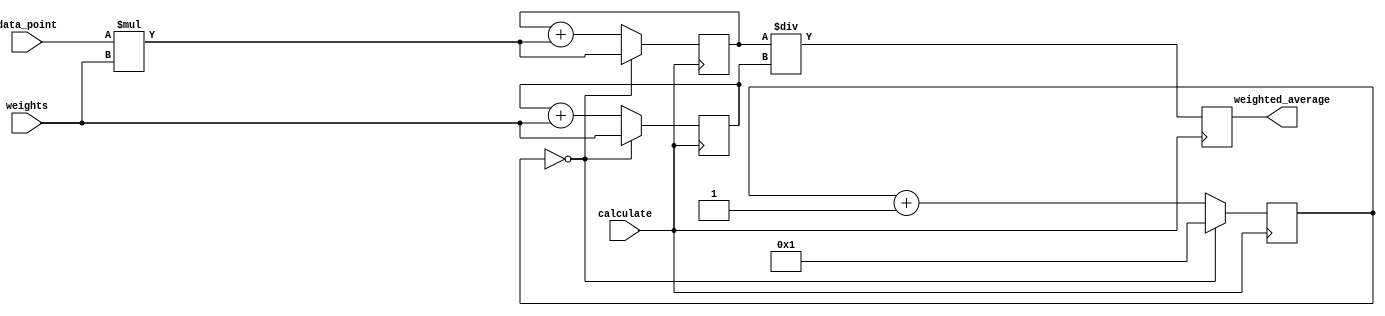
module weighted_moving_average_accumulator (
    input wire [7:0] data_point,
    input wire [7:0] weights,
    input wire calculate,
    output reg [15:0] weighted_average
);

reg [15:0] current_sum;
reg [7:0] current_weight;
reg [7:0] total_weight;

always @(posedge calculate) begin
    if (current_weight == 0) begin
        current_sum <= data_point * weights;
        total_weight <= weights;
        current_weight <= 1;
    end else begin
        current_sum <= current_sum + (data_point * weights);
        total_weight <= total_weight + weights;
        current_weight <= current_weight + 1;
    end
end

always @(posedge calculate) begin
    weighted_average <= current_sum / total_weight;
end

endmodule